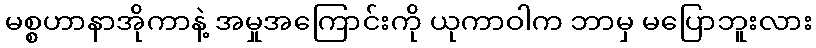
မစ္စဟာနာအိုကာနဲ့ အမှုအကြောင်းကို ယုကာဝါက ဘာမှ မပြောဘူးလား